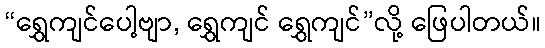
“ရွှေကျင်ပေါ့ဗျာ, ရွှေကျင် ရွှေကျင်”လို့ ဖြေပါတယ်။